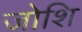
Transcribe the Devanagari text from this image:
जोशि